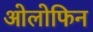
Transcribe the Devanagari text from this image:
ओलोफिन